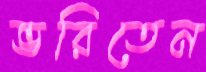
ভরিতেন